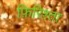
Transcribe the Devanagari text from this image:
फ़िरिश्ता